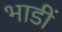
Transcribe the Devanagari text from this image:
भाडीं